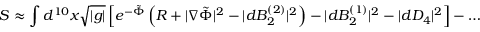
S \approx \int d ^ { 1 0 } x \sqrt { | g | } \left[ e ^ { - \tilde { \Phi } } \left( R + | \nabla \tilde { \Phi } | ^ { 2 } - | d B _ { 2 } ^ { ( 2 ) } | ^ { 2 } \right) - | d B _ { 2 } ^ { ( 1 ) } | ^ { 2 } - | d D _ { 4 } | ^ { 2 } \right] - \ldots